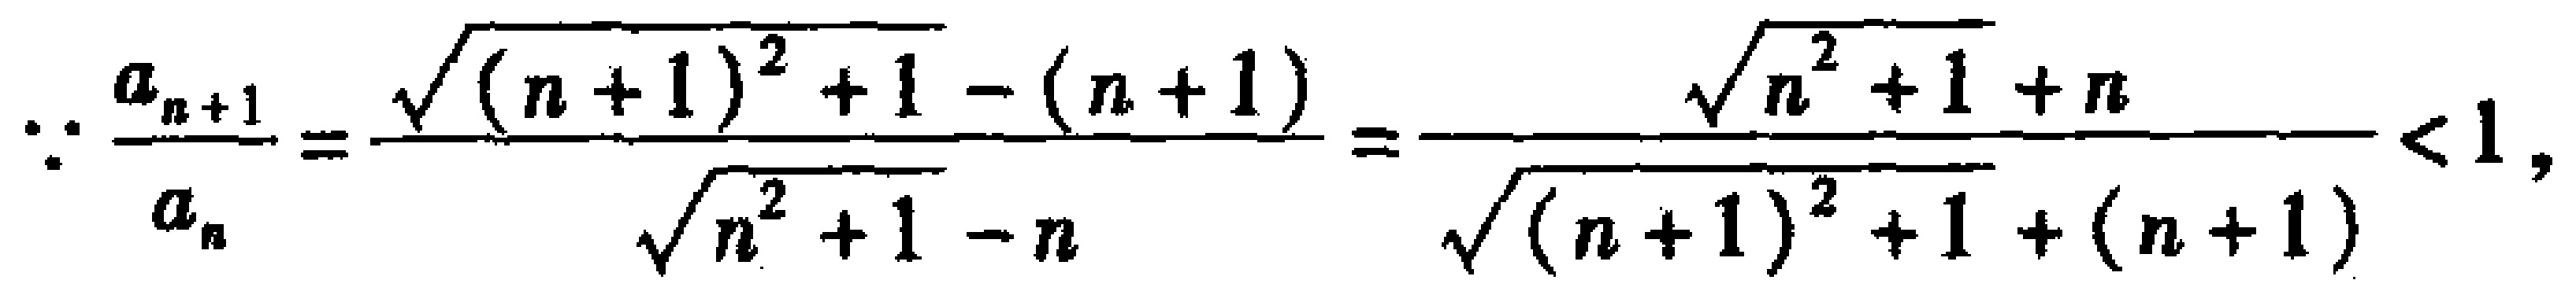
\(\therefore \frac{a_{n + 1}}{a_{n}} = \frac{\sqrt{(n + 1)^{2} + 1} - (n + 1)}{\sqrt{n^{2} + 1} - n} = \frac{\sqrt{n^{2} + 1} + n}{\sqrt{(n + 1)^{2} + 1} + (n + 1)} < 1,\)